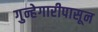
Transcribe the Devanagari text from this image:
गुन्हेगारीपासून